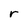
Character: r